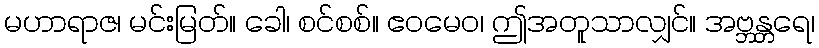
မဟာရာဇ၊ မင်းမြတ်။ ခေါ၊ စင်စစ်။ ဧဝမေဝ၊ ဤအတူသာလျှင်။ အဗ္ဘန္တရေ၊